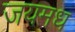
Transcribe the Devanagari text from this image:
जयमध